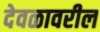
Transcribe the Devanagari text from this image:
देवळावरील